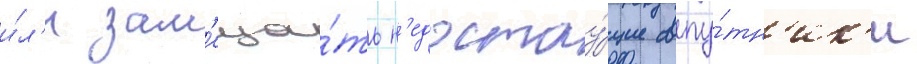
и́л'и зам'еща́ть н'едостау́щие спу́тн'ик'и